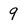
Character: 9